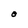
Character: O